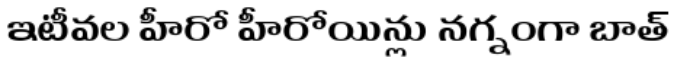
ఇటీవల హీరో హీరోయిన్లు నగ్నంగా బాత్